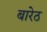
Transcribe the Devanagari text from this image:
बारेठ